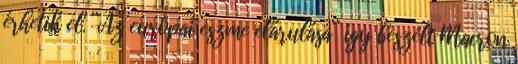
érhetik el. “Az európai eszme elárulása“ így beszélt Macron